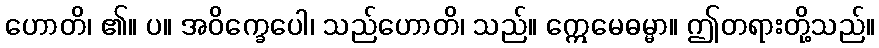
ဟောတိ၊ ၏။ ပ။ အဝိက္ခေပေါ၊ သည်ဟောတိ၊ သည်။ ဣေမေဓမ္မာ။ ဤတရားတို့သည်။